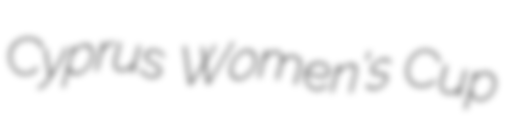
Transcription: Cyprus Women's Cup